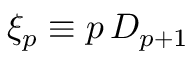
\xi _ { p } \equiv p \, D _ { p + 1 }